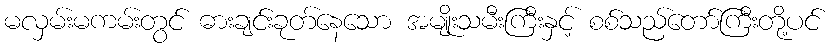
မလှမ်းမကမ်းတွင် ဓားချင်းခုတ်နေသော အမျိုးသမီးကြီးနှင့် စစ်သည်တော်ကြီးတို့ပင်